Civil Veterinary Dept. Bombay admin report 1900-1906 - 1900-1906
Year: 1900
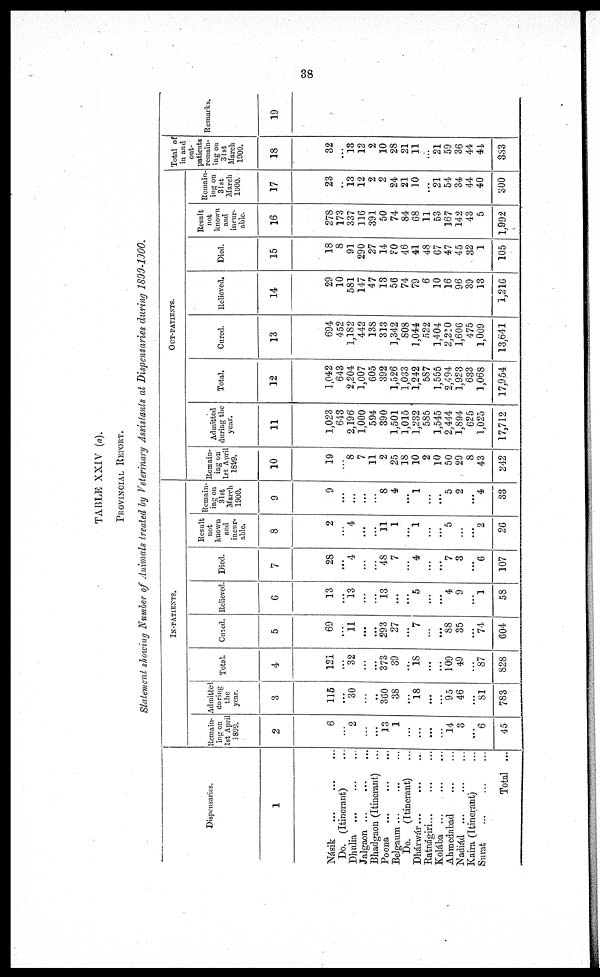
38
TABLE XXIV (a).
PROVINCIAL REPORT.
Statement showing Number of Animals treated by Veterinary Assistants at Dispensaries during 1899-1900.
Dispensaries.
1
Násik
...
...
...
Do. (Itinerant) ...
Dhulia ... ... ...
Jalgaon ... ... ...
Bhadgaon (Itinerant) ...
Poona ... ... ...
Belgaum ... ... ...
Do.
(Itinerant) ...
Dhárwár ... ... ...
Ratnágiri... ... ...
Kolába ...
...
...
Ahmedabad
...
...
Nadiád ... ... ...
Kaira (Itinerant) ...
Surat ... ... ...
Total ...
IN-PATIENT
Remain-
ing on
1st April
1899.
2
6
...
2
...
...
13
1
......
...
...
...
14
3
...
6
45
Admitted
during
the
year.
3
115
...
30
...
..
360
38
...
18
...
...
95
46
...
81
783
Total.
4
121
...
32
...
...
373
39
...
18
...
...
109
49
...
87
828
Cured.
5
69
...
11
...
...
293
27
...
7
...
...
88
35
...
74
604
Relieved
6
13
...
13
...
...
13
...
...
5
...
...
4
9
...
1
58
Died.
7
28
...
4
...
...
48
7
...
4
...
...
7
3
...
6
107
Result
not
known
and
incur-
able.
8
2
...
4
...
...
11
1
...
1
...
...
5
...
...
2
26
Remain-
ing on
31st
March
1900.
9
9
...
...
...
...
8
4
...
1
...
...
5
2
...
4
33
OUT-PATIENTS.
Remain-
ing on
1st April
1899.
10
19
8
7
11
2
25
18
10
2
10
50
29
8
43
242
Admitted
during the
year.
11
1,023
643
2,196
1,000
594
390
1,501
1,015
1,232
585
1,545
2,444
1,894
625
1,025
17,712
Total.
12
1,042
643
2,204
1,007
605
392
1,526
1,033
1,242
587
1,555
2,494
1,923
633
1,068
17,954
Cured.
13
694
452
1,182
442
138
313
1,342
808
1,044
522
1,404
2,210
1,606
475
1,009
13,641
Relieved.
14
29
10
581
147
47
13
56
74
79
6
10
16
96
39
13
1,216
Died.
15
18
8
91
290
27
14
?0
46
41
48
67
47
45
32
1
105
Result
not
known
and
incur-
able.
16
278
173
337
116
391
50
74
84
68
11
53
167
142
43
5
1,992
Remain-
ing on
31st
March
1900.
17
23
..
13
12
2
2
24
21
10
...
21
54
34
44
40
300
Total of
in and
out-
patients
remain-
ing on
31st
March
1900.
18
32
...
13
12
2
10
28
21
11
...
21
59
36
44
44
333
Remarks.
19